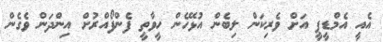
އެއީ އެމްޑީޕީ އަށް ވެރިކަން ލިބެން އުޅޭހެން ހީވާތީ ފެންފޯއްރުށް އިންދަން ވެގެން